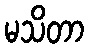
မသိတာ